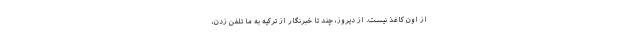
از اون كاغذ نيست. از ديروز، چند تا خبرنگار از تركيه به ما تلفن زدن،